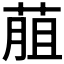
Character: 𦳎